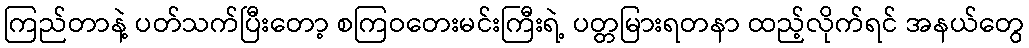
ကြည်တာနဲ့ ပတ်သက်ပြီးတော့ စကြဝတေးမင်းကြီးရဲ့ ပတ္တမြားရတနာ ထည့်လိုက်ရင် အနယ်တွေ